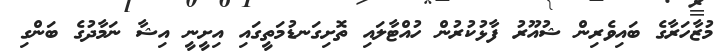
މުޒާހަރާގެ ބައިވެރިން ޝުއޫރު ފާޅުކުރުން ހުއްޓާލައި ތޮށިގަނޑުމަތީގައި އިށީނީ އިޝާ ނަމާދުގެ ބަންގި